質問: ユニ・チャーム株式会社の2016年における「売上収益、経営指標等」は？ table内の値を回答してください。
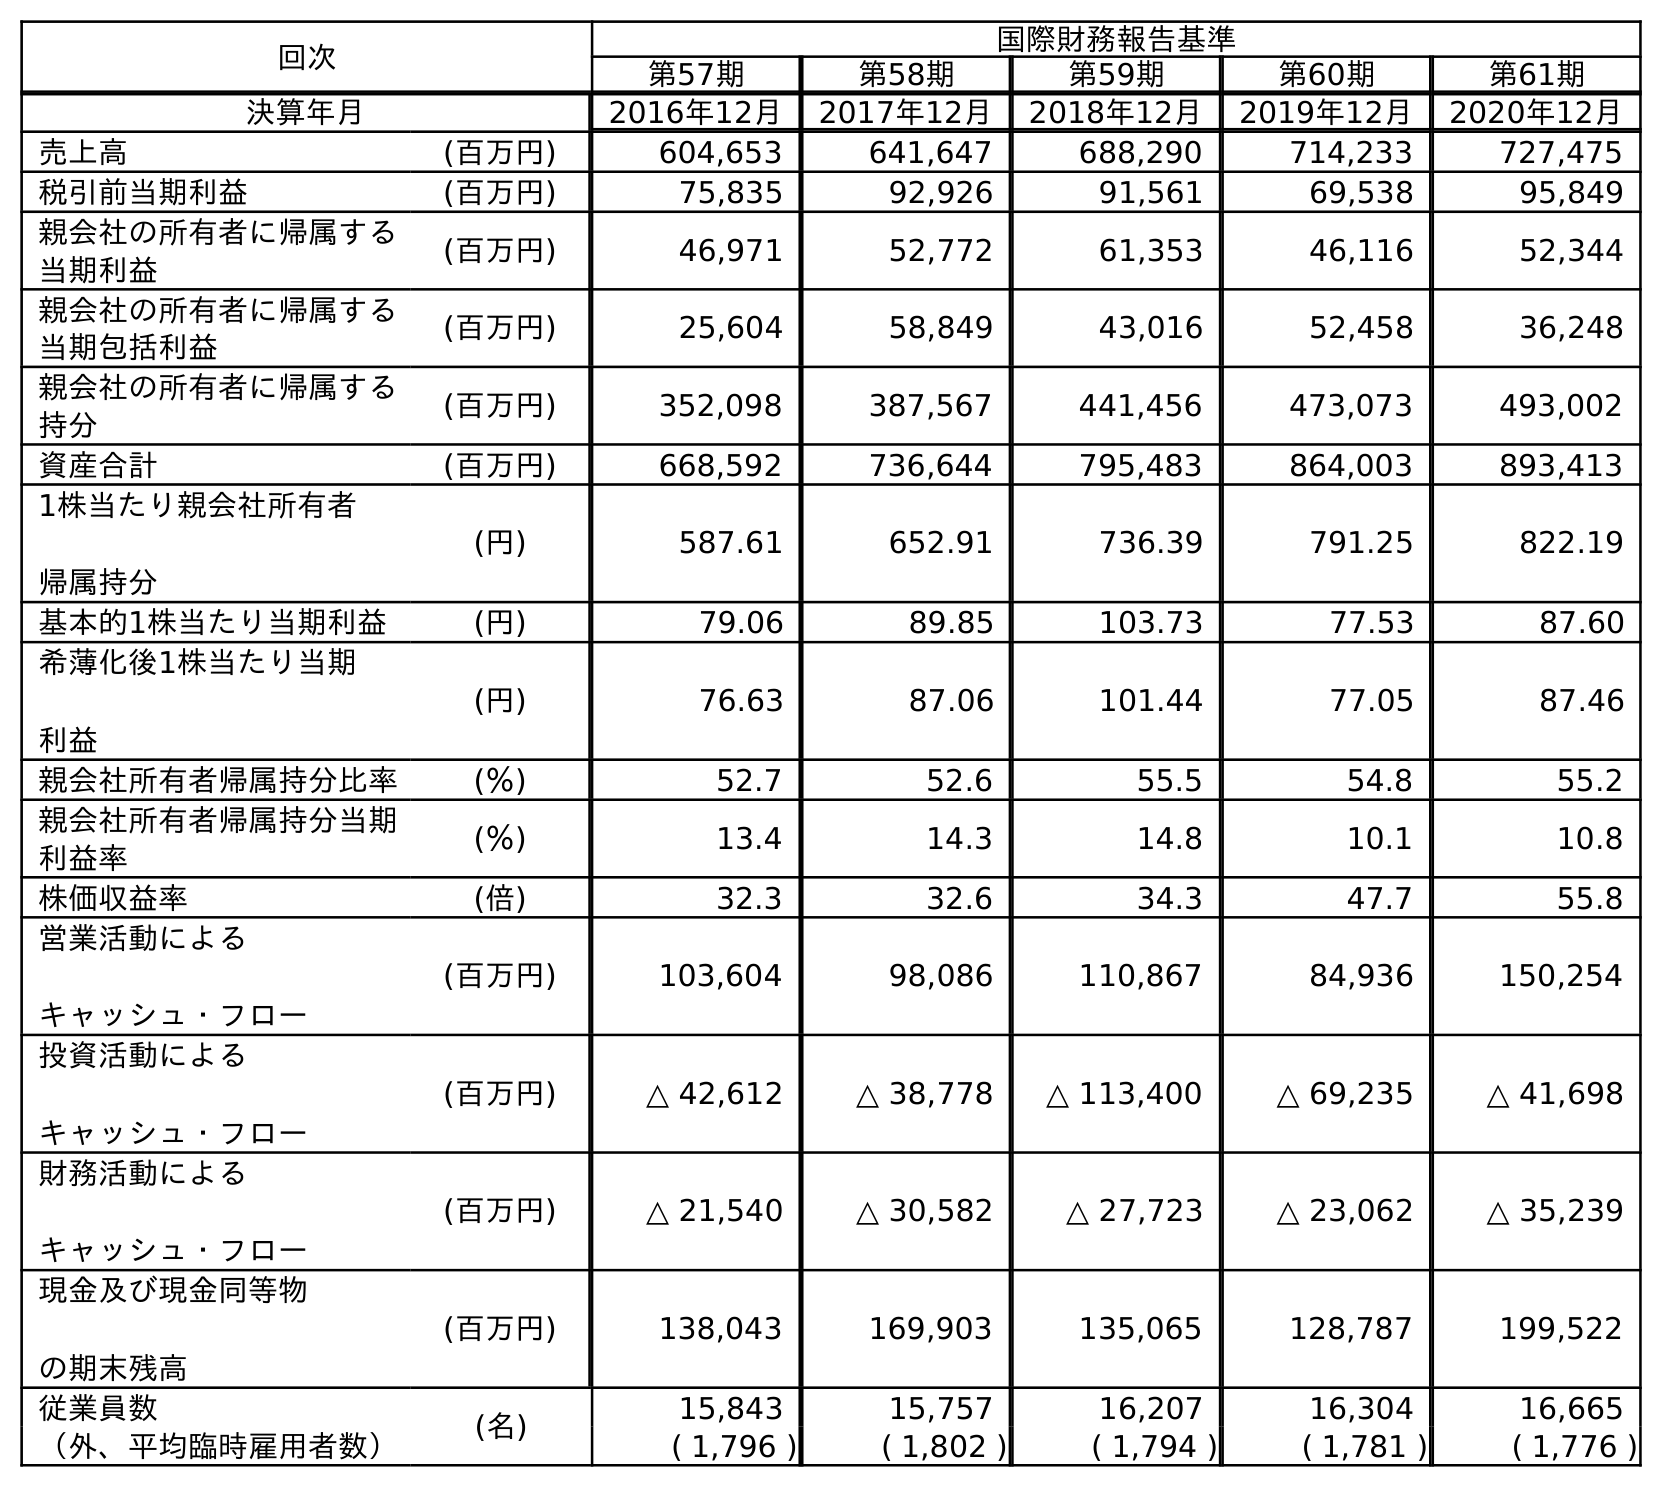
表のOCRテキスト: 回次 国際財務報告基準 第57期 第58期 第59期 第60期 第61期 決算年月 2016年12月 2017年12月 2018年12月 2019年12月 2020年12月 売上高 (百万円) 604,653 641,647 688,290 714,233 727,475 税引前当期利益 (百万円) 75,835 92,926 91,561 69,538 95,849 親会社の所有者に帰属する 当期利益 (百万円) 46,971 52,772 61,353 46,116 52,344 親会社の所有者に帰属する 当期包括利益 (百万円) 25,604 58,849 43,016 52,458 36,248 親会社の所有者に帰属する 持分 (百万円) 352,098 387,567 441,456 473,073 493,002 資産合計 (百万円) 668,592 736,644 795,483 864,003 893,413 1株当たり親会社所有者 帰属持分 (円) 587.61 652.91 736.39 791.25 822.19 基本的1株当たり当期利益 (円) 79.06 89.85 103.73 77.53 87.60 希薄化後1株当たり当期 利益 (円) 76.63 87.06 101.44 77.05 87.46 親会社所有者帰属持分比率 (％) 52.7 52.6 55.5 54.8 55.2 親会社所有者帰属持分当期 利益率 (％) 13.4 14.3 14.8 10.1 10.8 株価収益率 (倍) 32.3 32.6 34.3 47.7 55.8 営業活動による キャッシュ・フロー (百万円) 103,604 98,086 110,867 84,936 150,254 投資活動による キャッシュ・フロー (百万円) △ 42,612 △ 38,778 △ 113,400 △ 69,235 △ 41,698 財務活動による キャッシュ・フロー (百万円) △ 21,540 △ 30,582 △ 27,723 △ 23,062 △ 35,239 現金及び現金同等物 の期末残高 (百万円) 138,043 169,903 135,065 128,787 199,522 従業員数 (名) 15,843 15,757 16,207 16,304 16,665 （外、平均臨時雇用者数） ( 1,796 ) ( 1,802 ) ( 1,794 ) ( 1,781 ) ( 1,776 )
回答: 604,653